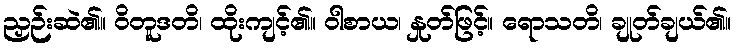
ညှဉ်းဆဲ၏။ ဝိတူဒတိ၊ ထိုးကျင့်၏။ ဝါစာယ၊ နှုတ်ဖြင့်။ ရောသတိ၊ ချုတ်ချယ်၏။